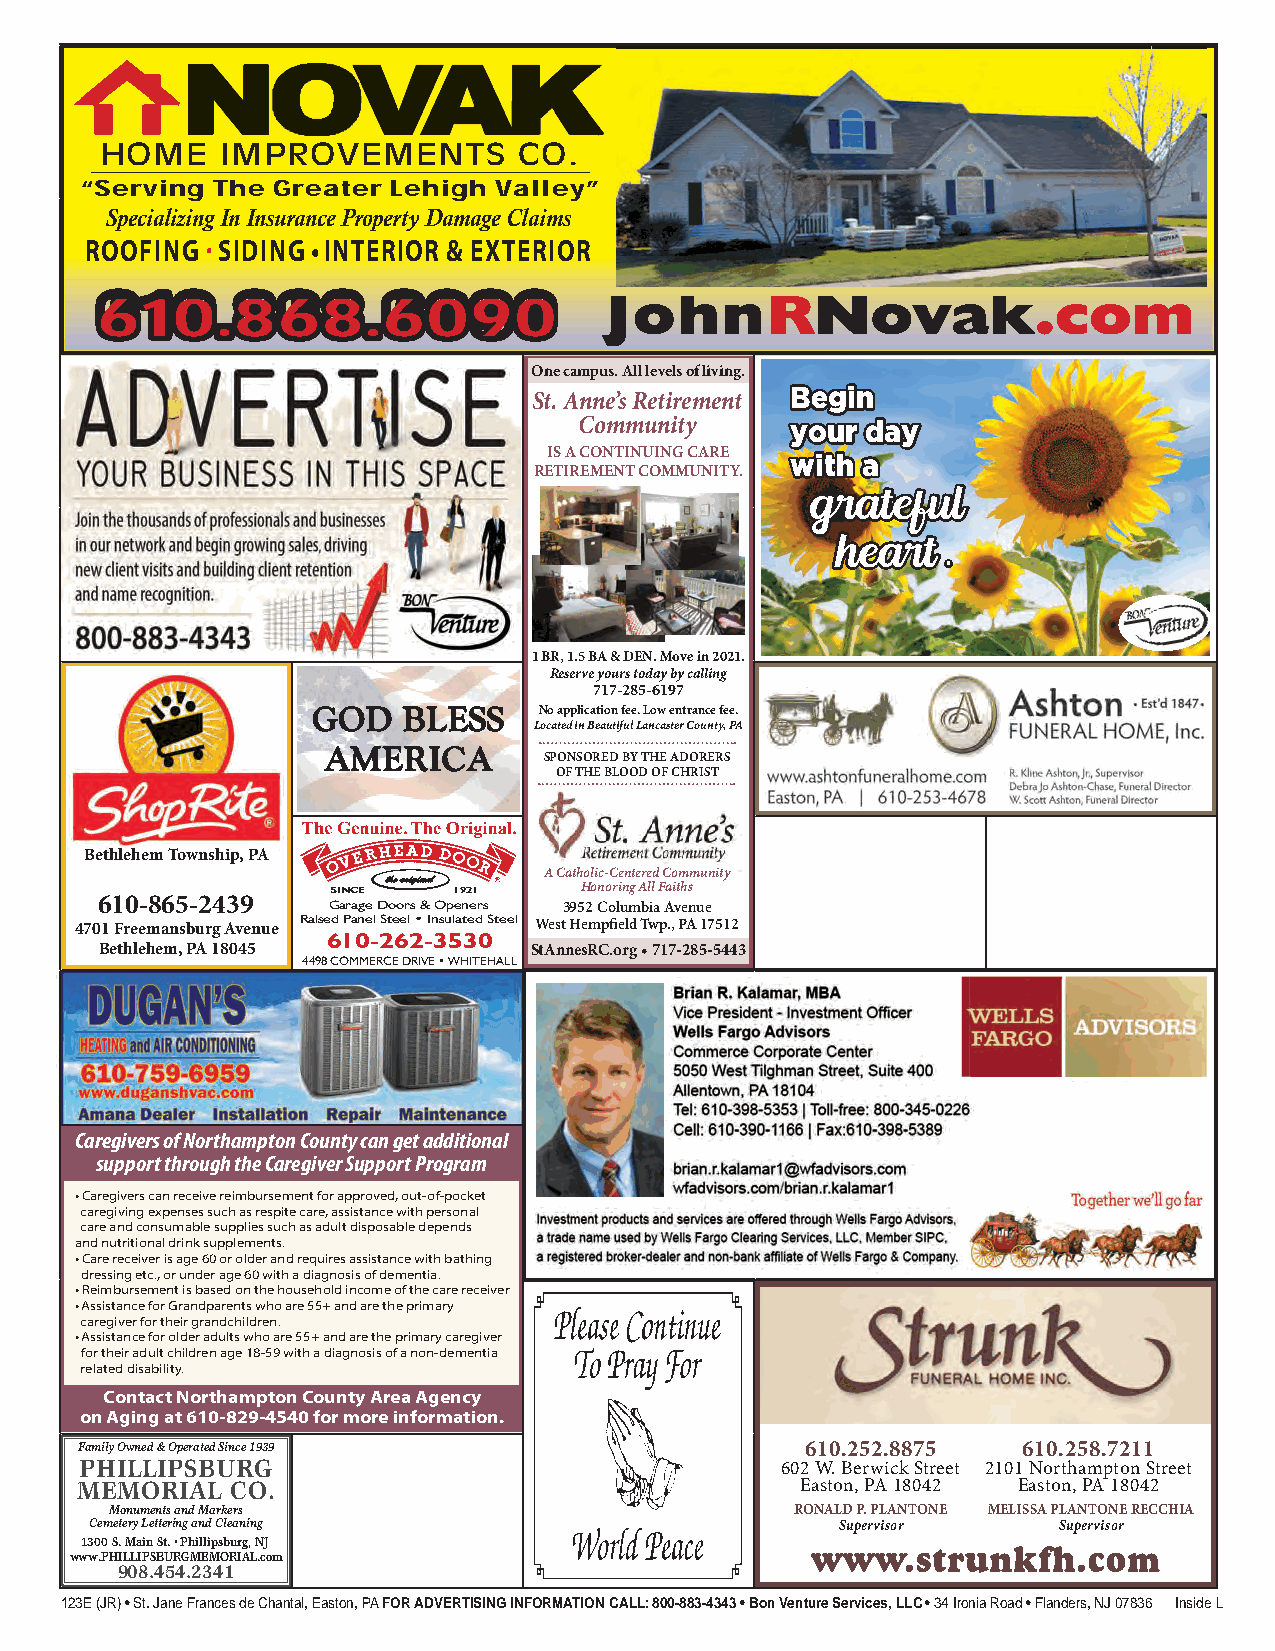
HOME    IMPROVEMENTS       CO.
 “Serving The Greater Lehigh Valley”
 Specializing In Insurance Property Damage Claims
 ROOFING · SIDING • INTERIOR & EXTERIOR
 610.868.6090                      JohnRNovak.com
 One campus. All levels of living.
 Begin
 St. Anne’s Retirement
 Community     your day
 IS A CONTINUING CARE with a
 RETIREMENT COMMUNITY.
 grateful
 .
 heart
 1 BR, 1.5 BA & DEN. Move in 2021.
 Reserve yours today by calling
 717-285-6197
 GOD   BLESS    No application fee. Low entrance fee.
 Located in Beautiful Lancaster County, PA
 AMERICA        SPONSORED BY THE ADORERS
 OF THE BLOOD OF CHRIST
 Bethlehem Township, PA
 A Catholic-Centered Community
 610-865-2439   SINCE t h e o r i g i n a l 1921 Honoring All Faiths
 Garage Doors & Openers 3952 Columbia Avenue
 4701 Freemansburg Avenue Raised Panel Steel • Insulated Steel West Hempfield Twp., PA 17512
 610-262-3530
 Bethlehem, PA 18045         StAnnesRC.org • 717-285-5443
 4498 COMMERCE DRIVE • WHITEHALL
 Caregivers of Northampton County can get additional
 support through the Caregiver Support Program
 • Caregivers can receive reimbursement for approved, out-of-pocket
 caregiving expenses such as respite care, assistance with personal
 care and consumable supplies such as adult disposable depends
 and nutritional drink supplements.
 • Care receiver is age 60 or older and requires assistance with bathing
 dressing etc., or under age 60 with a diagnosis of dementia.
 • Reimbursement is based on the household income of the care receiver
 • Assistance for Grandparents who are 55+ and are the primary
 caregiver for their grandchildren.
 • Assistance for older adults who are 55+ and are the primary caregiver
 for their adult children age 18-59 with a diagnosis of a non-dementia
 related disability.
 Contact Northampton County Area Agency
 on Aging at 610-829-4540 for more information.
 Family Owned & Operated Since 1939              610.252.8875   610.258.7211
 PHILLIPSBURG                                   602 W. Berwick Street 2101 Northampton Street
 Easton, PA 18042 Easton, PA 18042
 MEMORIAL  CO.
 Monuments and Markers                         RONALD P. PLANTONE MELISSA PLANTONE RECCHIA
 Cemetery Lettering and Cleaning                   Supervisor    Supervisor
 ww13 w0 .0 P HS. I LM La Ii Pn S BSt U. R• P Gh Mil Eli Mps Ob Ru Ir Ag, L N .cJ om www.strunkfh.com
 908.454.2341
 123E (JR) • St. Jane Frances de Chantal, Easton, PA FOR ADVERTISING INFORMATION CALL: 800-883-4343 • Bon Venture Services, LLC • 34 Ironia Road • Flanders, NJ 07836 Inside L